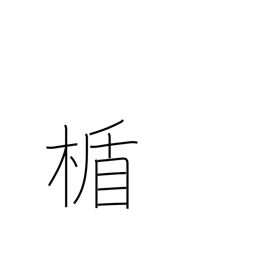
Meaning: shield